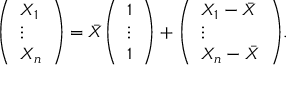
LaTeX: { \left( \begin{array} { l } { X _ { 1 } } \\ { \vdots } \\ { X _ { n } } \end{array} \right) } = { \bar { X } } { \left( \begin{array} { l } { 1 } \\ { \vdots } \\ { 1 } \end{array} \right) } + { \left( \begin{array} { l } { X _ { 1 } - { \bar { X } } } \\ { \vdots } \\ { X _ { n } - { \bar { X } } } \end{array} \right) } .